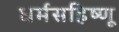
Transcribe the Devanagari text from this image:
धर्मसहिष्णू